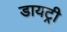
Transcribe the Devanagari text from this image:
डायट्री